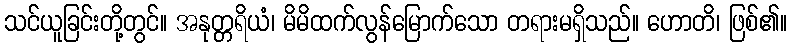
သင်ယူခြင်းတို့တွင်။ အနုတ္တရိယံ၊ မိမိထက်လွန်မြောက်သော တရားမရှိသည်။ ဟောတိ၊ ဖြစ်၏။